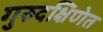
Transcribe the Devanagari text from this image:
गुरुदक्षिणेत